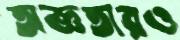
অজ্ঞতারও